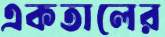
একতালের